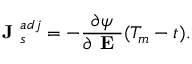
\textbf { J } _ { s } ^ { a d j } = - \frac { \partial \psi } { \partial \textbf { E } } ( T _ { m } - t ) .